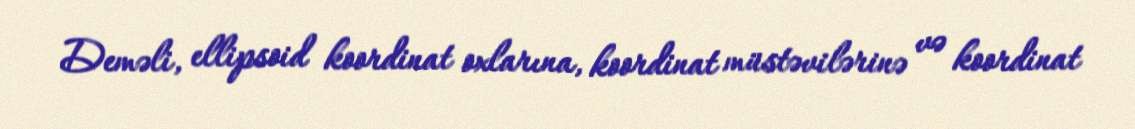
Deməli, ellipsoid koordinat oxlarına, koordinat müstəvilərinə və koordinat